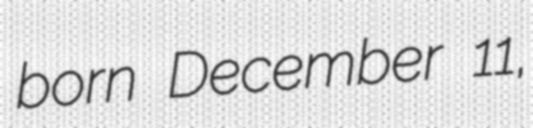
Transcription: born December 11,